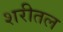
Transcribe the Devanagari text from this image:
शरीतल